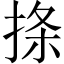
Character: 𪮅